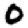
Digit: 0